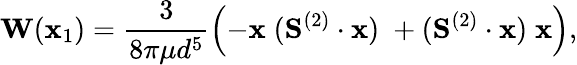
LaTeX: \mathbf{W}(\mathbf{x}_{1})=\frac{3}{8\pi\mu d^{5}}\left(-\mathbf{x}\; (\mathbf{S}^{(2)}\cdot\mathbf{x})\; +(\mathbf{S}^{(2)}\cdot\mathbf{x})\; \mathbf{x}\right),